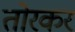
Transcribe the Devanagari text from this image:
तोरकर